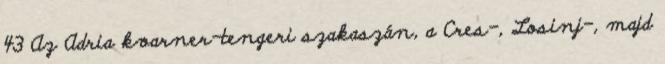
43 Az Adria kvarner-tengeri szakaszán, a Cres-, Losinj-, majd